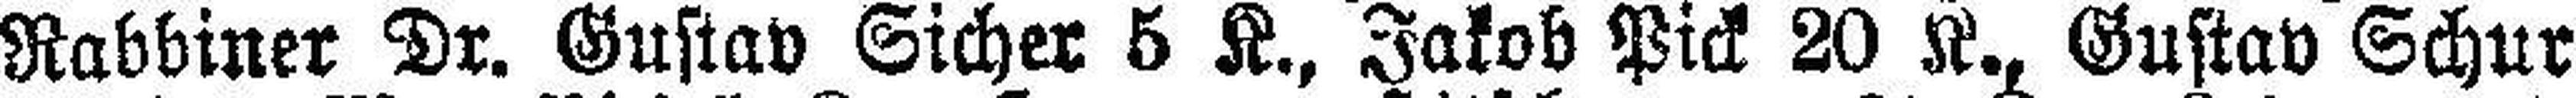
Rabbiner Dr. Gustav Sicher 5 K., Jakob Pick 20 K., Gustav Schur